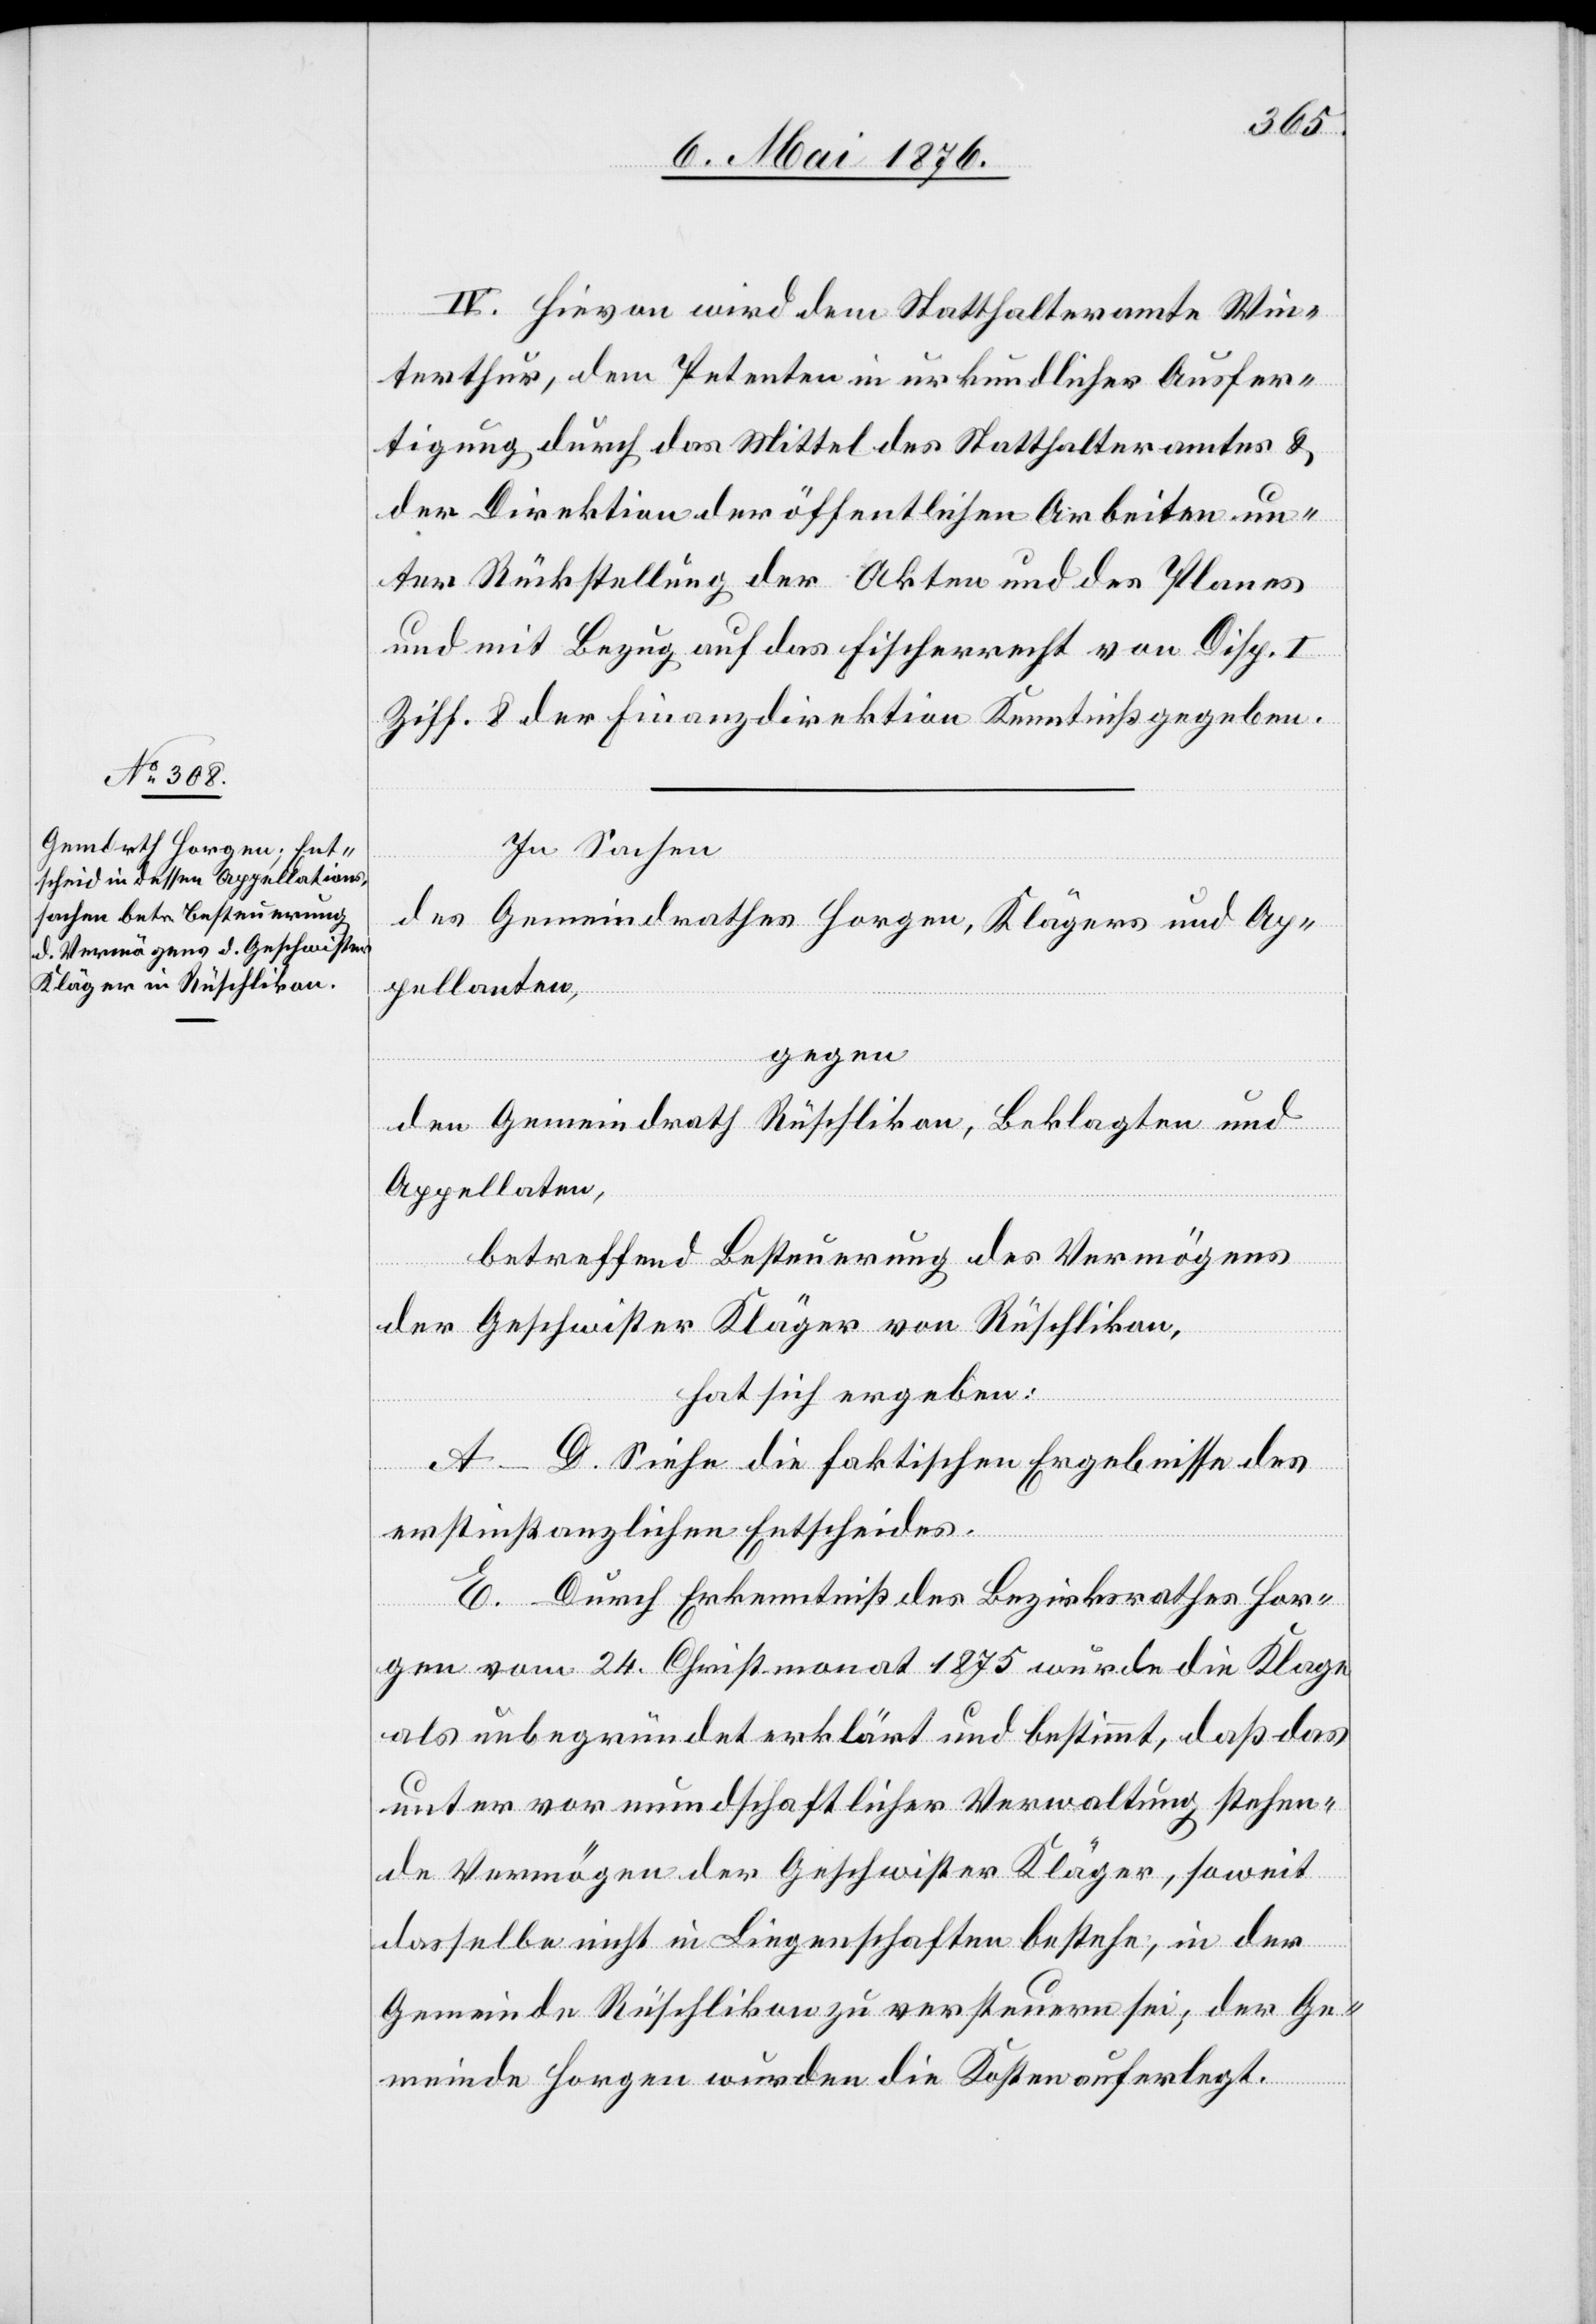
IV. Hievon wird dem Statthalteramte Win¬
terthur, dem Petenten in urkundlicher Ausfer¬
tigung durch das Mittel des Statthalteramtes &
der Direktion der öffentlichen Arbeiten un¬
ter Rückstellung der Akten und des Planes
und mit Bezug auf das Fischerrecht von Disp. I
Ziff. 8 der Finanzdirektion Kenntniß gegeben.
In Sachen
des Gemeindrathes Horgen, Klägers und Ap¬
pellanten,
gegen
den Gemeindrath Rüschlikon, Beklagten und
Appellanten,
betreffend Besteuerung des Vermögens
der Geschwister Kläger von Rüschlikon,
hat sich ergeben:
A–D. Siehe die faktischen Ergebnisse des
erstinstanzlichen Entscheides.
E. Durch Erkenntnis des Bezirksrathes Hor¬
gen vom 24. Christmonat 1875 wurde die Klage
als unbegründet erklärt und bestimmt, daß das
unter vormundschaftlicher Verwaltung stehen¬
de Vermögen der Geschwister Kläger, soweit
dasselbe nicht in Liegenschaften bestehe, in der
Gemeinde Rüschlikon zu versteuern sei; der Ge¬
meinde Horgen wurden die Kosten auferlegt.